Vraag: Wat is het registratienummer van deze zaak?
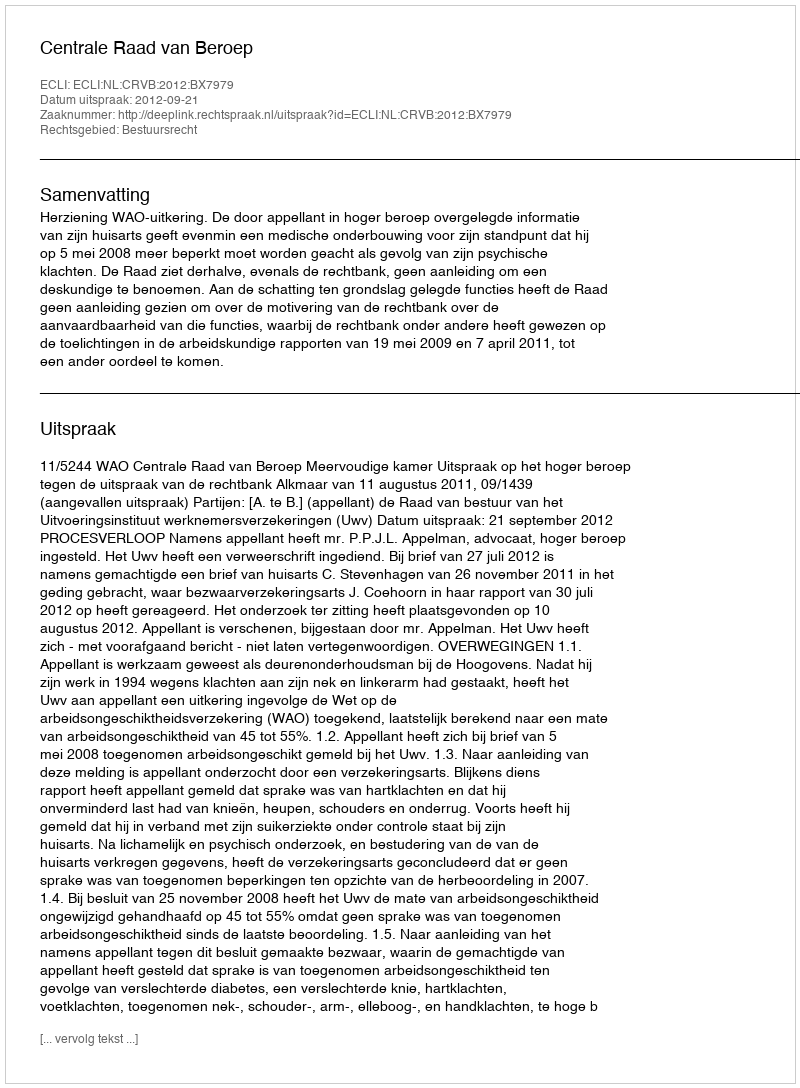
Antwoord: http://deeplink.rechtspraak.nl/uitspraak?id=ECLI:NL:CRVB:2012:BX7979